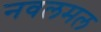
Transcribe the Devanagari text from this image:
नवलमल